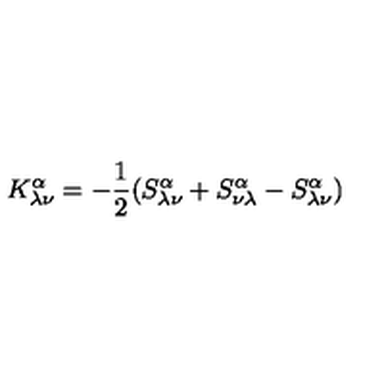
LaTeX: K _ { \lambda \nu } ^ { \alpha } = - \frac { 1 } { 2 } ( S _ { \lambda \nu } ^ { \alpha } + S _ { \nu \lambda } ^ { \alpha } - S _ { \lambda \nu } ^ { \alpha } )